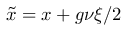
\tilde { x } = x + g \nu \xi / 2